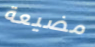
مضيعة